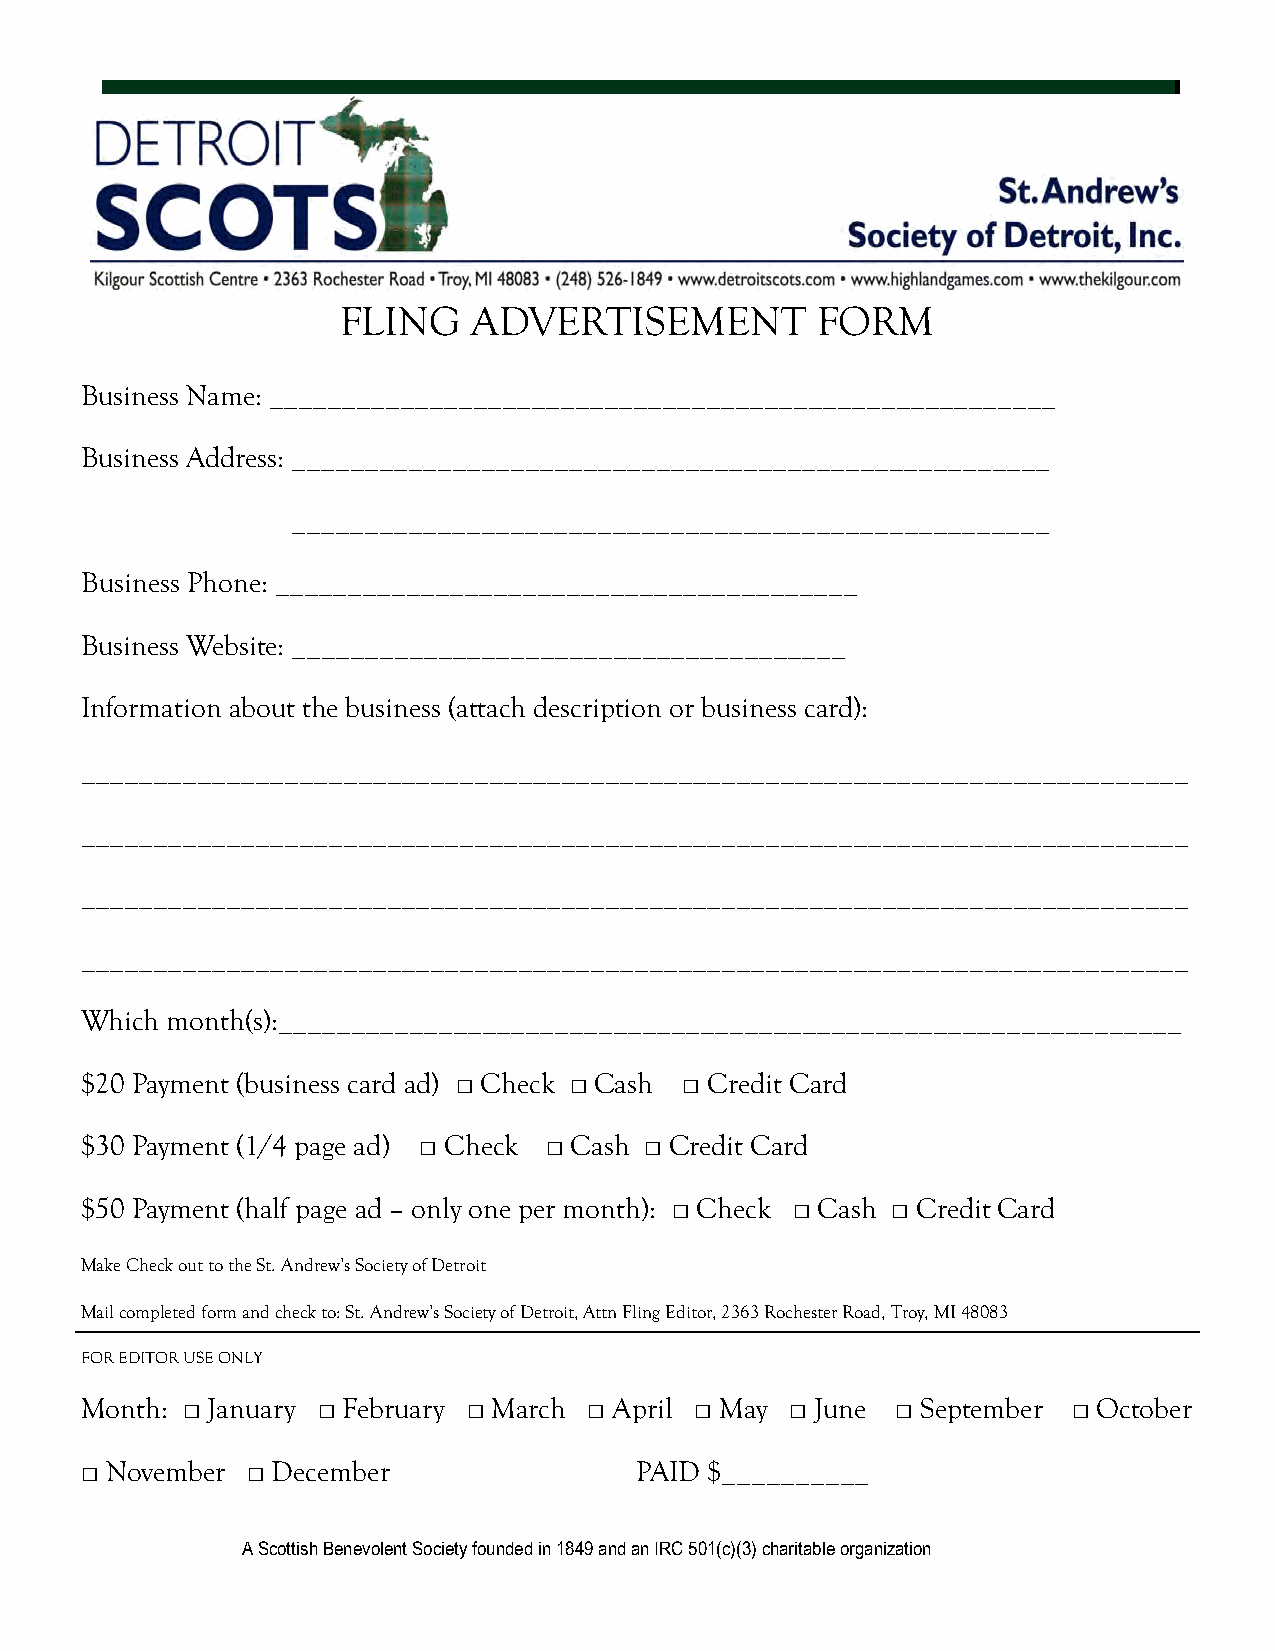
FLING   ADVERTISEMENT          FORM
 Business Name: ______________________________________________________
 Business Address: ____________________________________________________
 ____________________________________________________
 Business Phone: ________________________________________
 Business Website: ______________________________________
 Information about the business (attach description or business card):
 ____________________________________________________________________________
 ____________________________________________________________________________
 ____________________________________________________________________________
 ____________________________________________________________________________
 Which month(s):______________________________________________________________
 $20 Payment (business card ad) □ Check □ Cash □ Credit Card
 $30 Payment (1/4 page ad) □ Check □ Cash □ Credit Card
 $50 Payment (half page ad – only one per month): □ Check □ Cash □ Credit Card
 Make Check out to the St. Andrew’s Society of Detroit
 Mail completed form and check to: St. Andrew’s Society of Detroit, Attn Fling Editor, 2363 Rochester Road, Troy, MI 48083
 FOR EDITOR USE ONLY
 Month: □ January □ February □ March □ April □ May □ June □ September □ October
 □ November □ December                PAID $__________
 A Scottish Benevolent Society founded in 1849 and an IRC 501(c)(3) charitable organization